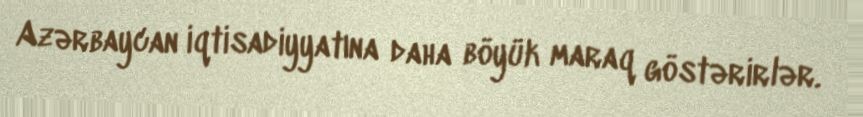
Azərbaycan iqtisadiyyatına daha böyük maraq göstərirlər.